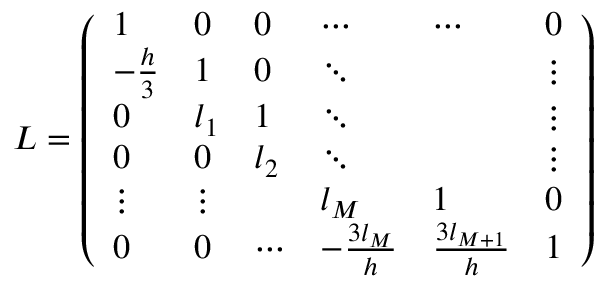
L = \left( \begin{array} { l l l l l l } { 1 } & { 0 } & { 0 } & { \cdots } & { \cdots } & { 0 } \\ { - \frac { h } { 3 } } & { 1 } & { 0 } & { \ddots } & { } & { \vdots } \\ { 0 } & { l _ { 1 } } & { 1 } & { \ddots } & { } & { \vdots } \\ { 0 } & { 0 } & { l _ { 2 } } & { \ddots } & { } & { \vdots } \\ { \vdots } & { \vdots } & { } & { l _ { M } } & { 1 } & { 0 } \\ { 0 } & { 0 } & { \cdots } & { - \frac { 3 l _ { M } } { h } } & { \frac { 3 l _ { M + 1 } } { h } } & { 1 } \end{array} \right)